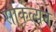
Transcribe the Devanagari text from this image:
साकल्येन